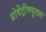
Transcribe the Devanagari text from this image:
प्रोवेंट्रीक्युलस